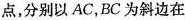
点，分别以AC，BC为斜边在